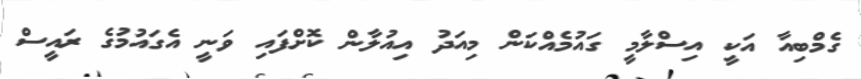
ގެމްބިއާ އަކީ އިސްލާމީ ގައުމެއްކަން މިއަދު އިއުލާން ކޮށްފައި ވަނީ އެގައުމުގެ ރައީސް